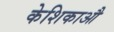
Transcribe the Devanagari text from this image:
केशिकाऔ